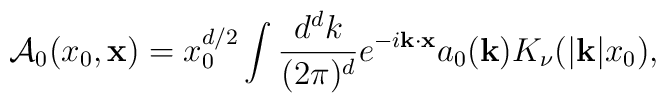
{\cal A}_0 (x_0, {\bf x}) = x_0^{d/2}\int {d^d k \over (2\pi)^d}     e^{-i{\bf k}\cdot{\bf x}}    a_0({\bf k})K_\nu(|{\bf k}|x_0),